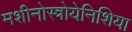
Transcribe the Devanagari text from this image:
मशीनोस्त्रोयेनिशिया